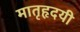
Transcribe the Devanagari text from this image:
मातृहृदयी